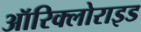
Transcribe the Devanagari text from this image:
ऑरिक्लोराइड